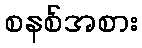
စနစ်အစား